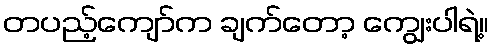
တပည့်ကျော်က ချက်တော့ ကျွေးပါရဲ့။